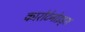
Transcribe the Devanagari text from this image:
कारोटेनोइड्स